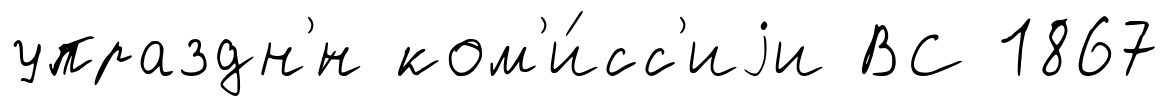
упраздн'́н ком'и́сс'иjи ВС 1867